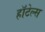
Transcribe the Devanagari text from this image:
हाॅटेल्स